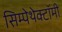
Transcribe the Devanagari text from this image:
सिम्पेथेक्टॉमी